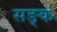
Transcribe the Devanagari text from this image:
सङ्क